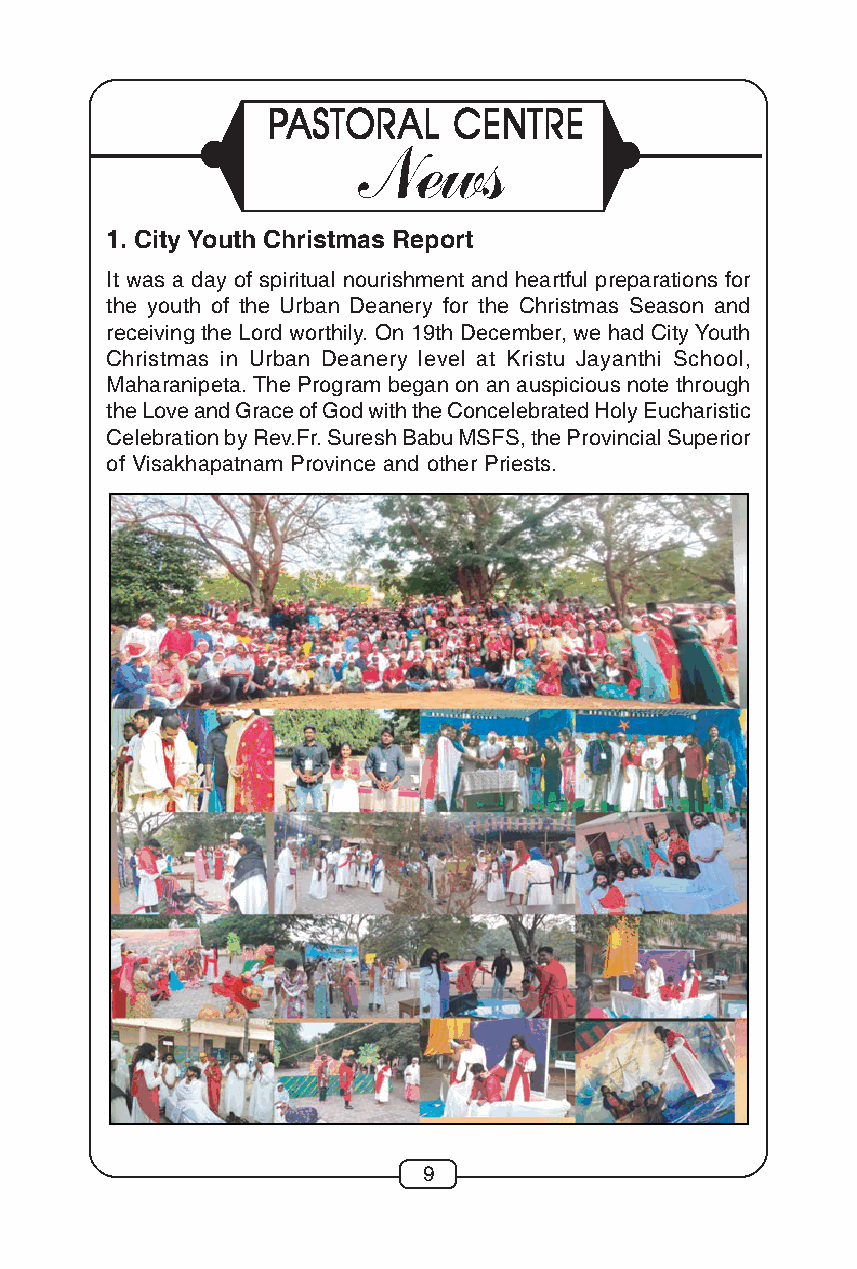
PPPPPAAAAASSSSSTTTTTOOOOORRRRRAAAAALLLLL CCCCCEEEEENNNNNTTTTTRRRRREEEEE
 News
 1. City Youth Christmas Report
 It was a day of spiritual nourishment and heartful preparations for
 the youth of the Urban Deanery for the Christmas Season and
 receiving the Lord worthily. On 19th December, we had City Youth
 Christmas in Urban Deanery level at Kristu Jayanthi School,
 Maharanipeta. The Program began on an auspicious note through
 the Love and Grace of God with the Concelebrated Holy Eucharistic
 Celebration by Rev.Fr. Suresh Babu MSFS, the Provincial Superior
 of Visakhapatnam Province and other Priests.
 9